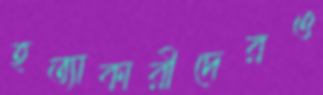
হত্যাকারীদেরও